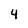
Character: 4